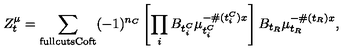
Z _ { t } ^ { \mu } = \sum _ { \mathrm { \tiny f u l l c u t s C o f t } } ( - 1 ) ^ { n _ { C } } \left[ \prod _ { i } B _ { t _ { i } ^ { C } } \mu _ { t _ { i } ^ { C } } ^ { - \# ( t _ { i } ^ { C } ) x } \right] B _ { t _ { R } } \mu _ { t _ { R } } ^ { - \# ( t _ { R } ) x } ,